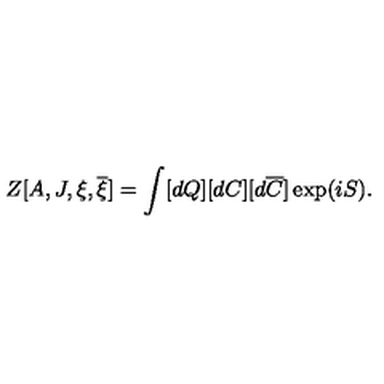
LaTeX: Z [ A , J , \xi , \overline { { \xi } } ] = \int [ d Q ] [ d C ] [ d \overline { { C } } ] \exp ( i S ) .